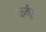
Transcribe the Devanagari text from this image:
कर्तुम्